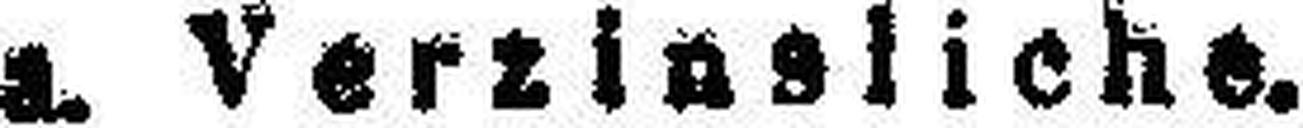
a. Verzinsliche.